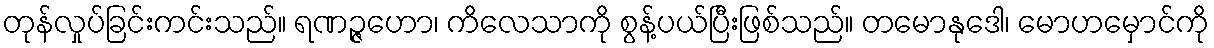
တုန်လှုပ်ခြင်းကင်းသည်။ ရဏဉ္ဇဟော၊ ကိလေသာကို စွန့်ပယ်ပြီးဖြစ်သည်။ တမောနုဒေါ၊ မောဟမှောင်ကို